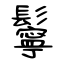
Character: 鬡